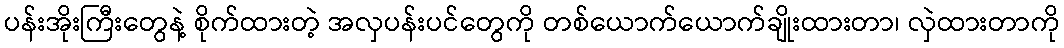
ပန်းအိုးကြီးတွေနဲ့ စိုက်ထားတဲ့ အလှပန်းပင်တွေကို တစ်ယောက်ယောက်ချိုးထားတာ၊ လှဲထားတာကို